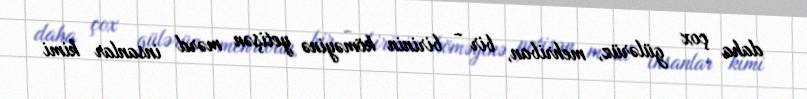
daha çox gülərüz, mehriban, bir - birinin köməyinə yetişən mərd insanlar kimi